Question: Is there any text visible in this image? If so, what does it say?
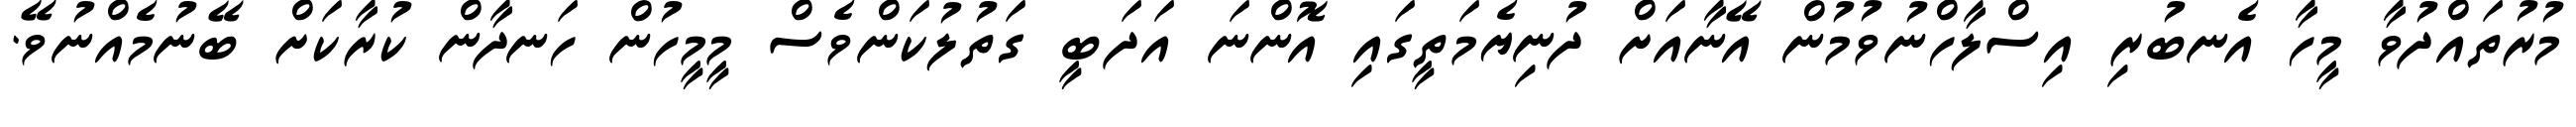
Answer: މުރުތައްދުވާ މީހާ އެނބުރި އިސްލާހްނުވުމުން އޭނާއަށް ދުނިޔެމަތީގައި އޮންނަ އަދަބީ ގަތުލުކަންވެސް މީމީހުން ހަނދާން ކުރާކަށް ބޭނުމެއްނުވޭ.